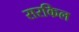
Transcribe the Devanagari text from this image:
सरकिल